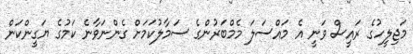
މަޖިލީހުގެ ރައީސް ވަނީ އެ މައްސަލަ މެމްބަރުންގެ ސަމާލުކަމަށް ގެންނަވާނެ ކަމުގެ ޔަގީންކަން